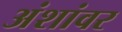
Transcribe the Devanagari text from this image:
अंशांवर